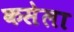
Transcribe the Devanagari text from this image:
कसेला